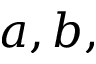
a , b ,